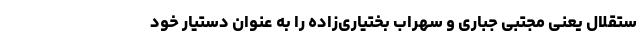
ستقلال یعنی مجتبی جباری و سهراب بختیاری‌زاده را به عنوان دستیار خود